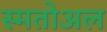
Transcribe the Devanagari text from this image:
स्मतोअल